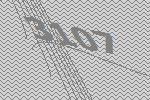
3107